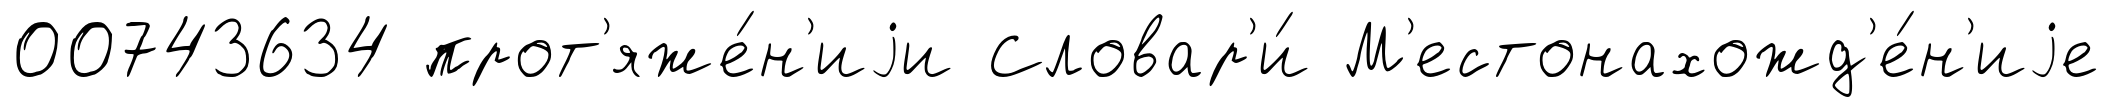
00743634 прот'яже́н'иjи Словар'и́ М'естонахожд'е́н'иjе